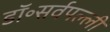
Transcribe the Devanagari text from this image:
डॉ॰सर्वपल्ली